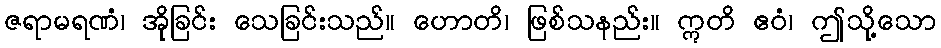
ဇရာမရဏံ၊ အိုခြင်း သေခြင်းသည်။ ဟောတိ၊ ဖြစ်သနည်း။ ဣတိ ဧဝံ၊ ဤသို့သော